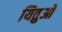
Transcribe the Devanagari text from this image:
यितुओ